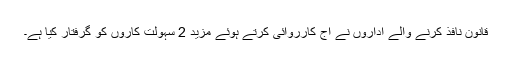
قانون نافذ کرنے والے اداروں نے آج کارروائی کرتے ہوئے مزید 2 سہولت کاروں کو گرفتار کیا ہے۔